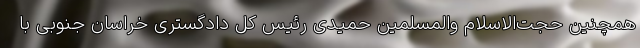
همچنین حجت‌الاسلام والمسلمین حمیدی رئیس کل دادگستری خراسان جنوبی با